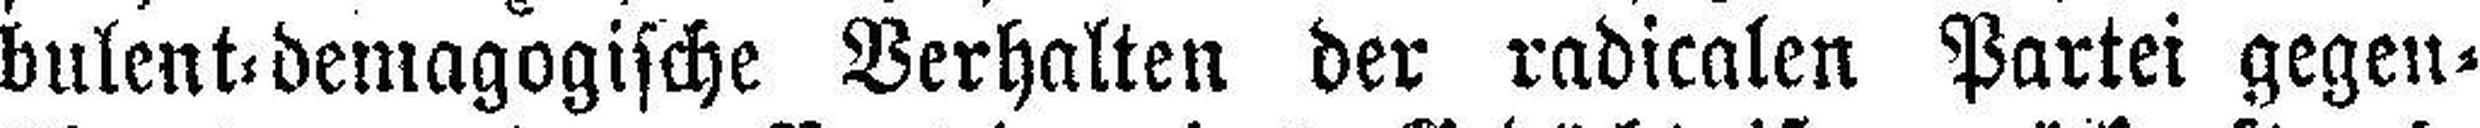
bulent=demagogische Verhalten der radicalen Partei gegen¬